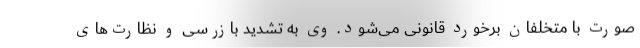
صورت با متخلفان برخورد قانونی می‌شود. وی به تشدید بازرسی و نظارت‌های